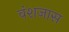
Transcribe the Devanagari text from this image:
वंशजास